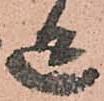
迄